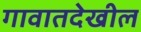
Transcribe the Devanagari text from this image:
गावातदेखील